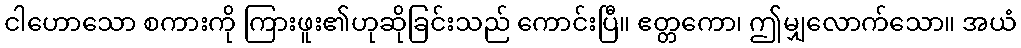
ငါဟောသော စကားကို ကြားဖူး၏ဟုဆိုခြင်းသည် ကောင်းပြီ။ ဧတ္တကော၊ ဤမျှလောက်သော။ အယံ